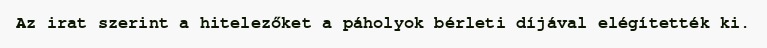
Az irat szerint a hitelezőket a páholyok bérleti díjával elégítették ki.